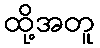
ထို့အတူ